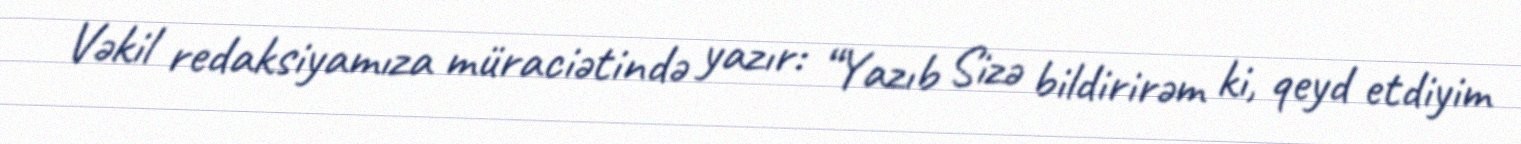
Vəkil redaksiyamıza müraciətində yazır: “Yazıb Sizə bildirirəm ki, qeyd etdiyim